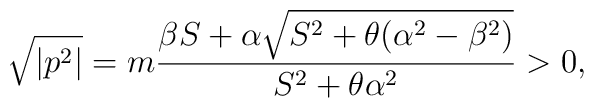
\sqrt{|p^2|}=m\frac{\beta S+\alpha\sqrt{S^2+\theta(\alpha^2-\beta^2)}}{S^2+\theta\alpha^2}>0,